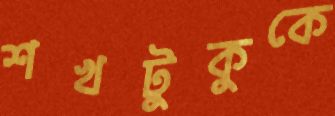
শখটুকুকে